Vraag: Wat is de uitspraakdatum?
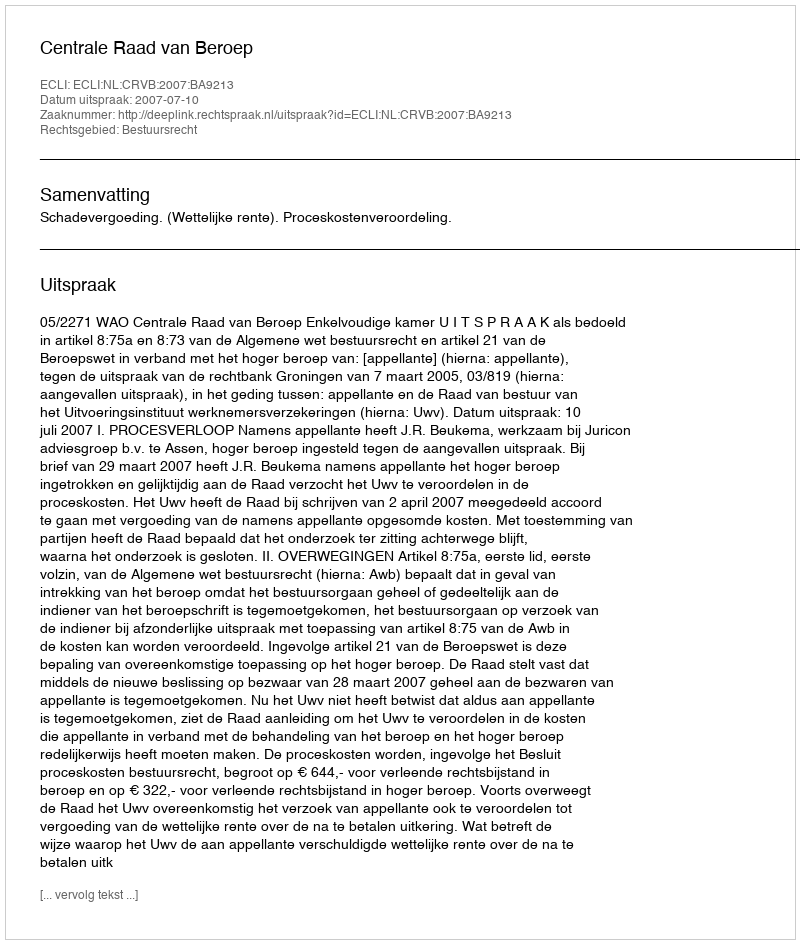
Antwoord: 2007-07-10